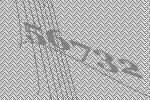
56732